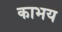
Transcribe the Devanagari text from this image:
काभय